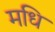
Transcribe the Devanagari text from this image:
मधि